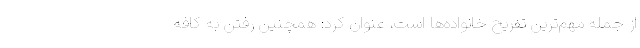
از جمله مهم‌ترین تفریح خانواده‌ها است، عنوان کرد: همچنین رفتن به کافه